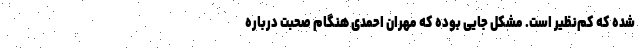
شده که کم‌نظیر است. مشکل جایی بوده که مهران احمدی هنگام صحبت درباره